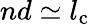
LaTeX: nd\simeq l_{\mathrm{c}}